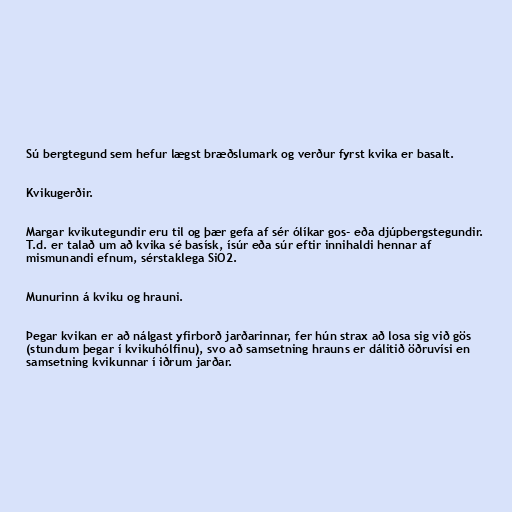
Sú bergtegund sem hefur lægst bræðslumark og verður fyrst kvika er basalt.

Kvikugerðir.

Margar kvikutegundir eru til og þær gefa af sér ólíkar gos- eða djúpbergstegundir.
T.d. er talað um að kvika sé basísk, ísúr eða súr eftir innihaldi hennar af
mismunandi efnum, sérstaklega SiO2.

Munurinn á kviku og hrauni.

Þegar kvikan er að nálgast yfirborð jarðarinnar, fer hún strax að losa sig við gös
(stundum þegar í kvikuhólfinu), svo að samsetning hrauns er dálitið öðruvísi en
samsetning kvikunnar í iðrum jarðar.